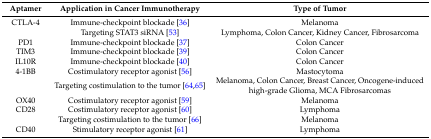
<table><thead><tr><td><b>Aptamer</b></td><td><b>Application in Cancer Immunotherapy</b></td><td><b>Type of Tumor</b></td></tr></thead><tbody><tr><td>CTLA-4</td><td>Immune-checkpoint blockade [36]</td><td>Melanoma</td></tr><tr><td></td><td>Targeting STAT3 siRNA [53]</td><td>Lymphoma, Colon Cancer, Kidney Cancer, Fibrosarcoma</td></tr><tr><td>PD1</td><td>Immune-checkpoint blockade [37]</td><td>Colon Cancer</td></tr><tr><td>TIM3</td><td>Immune-checkpoint blockade [39]</td><td>Colon Cancer</td></tr><tr><td>IL10R</td><td>Immune-checkpoint blockade [40]</td><td>Colon Cancer</td></tr><tr><td>4-1BB</td><td>Costimulatory receptor agonist [56]</td><td>Mastocytoma</td></tr><tr><td></td><td>Targeting costimulation to the tumor [64,65]</td><td>Melanoma, Colon Cancer, Breast Cancer, Oncogene-induced high-grade Glioma, MCA Fibrosarcomas</td></tr><tr><td>OX40</td><td>Costimulatory receptor agonist [59]</td><td>Melanoma</td></tr><tr><td>CD28</td><td>Costimulatory receptor agonist [60]</td><td>Lymphoma</td></tr><tr><td></td><td>Targeting costimulation to the tumor [66]</td><td>Melanoma</td></tr><tr><td>CD40</td><td>Stimulatory receptor agonist [61]</td><td>Lymphoma</td></tr></tbody></table>